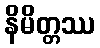
နိမိတ္တဿ